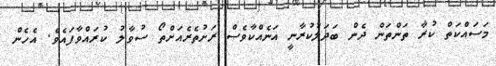
މަސައްކަތް ކުރާ ތަންތަން ދެން ބަދަލުކުރާނީ އަނެއްކާވެސް ރަށުތެެރެއަށްތޯ ސުވާލު ކުރައްވާފައެވެ. އެހެން